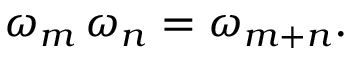
\omega _ { m } \, \omega _ { n } = \omega _ { m + n } .